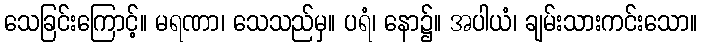
သေခြင်းကြောင့်။ မရဏာ၊ သေသည်မှ။ ပရံ၊ နော၌။ အပါယံ၊ ချမ်းသားကင်းသော။